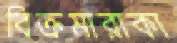
বিক্রমারাকা